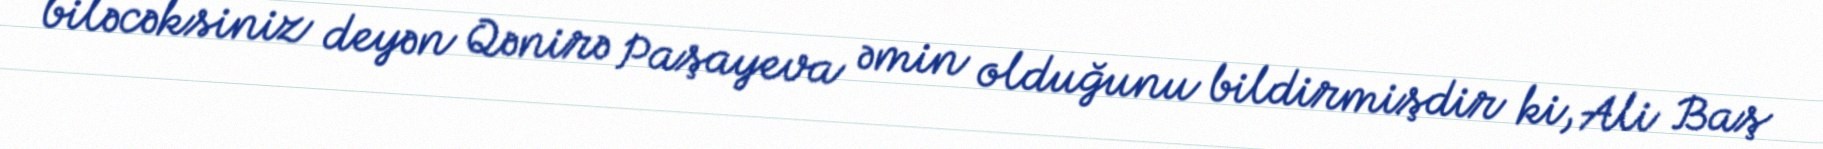
biləcəksiniz deyən Qənirə Paşayeva əmin olduğunu bildirmişdir ki, Ali Baş